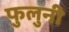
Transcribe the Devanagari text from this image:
फुलुनी